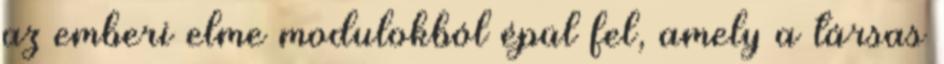
az emberi elme modulokból épül fel, amely a társas